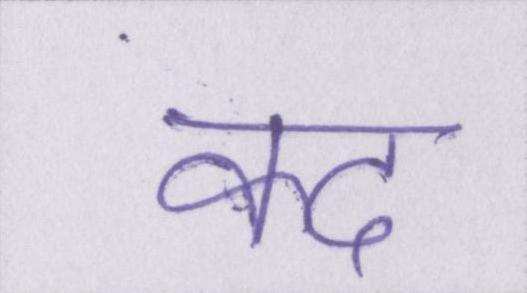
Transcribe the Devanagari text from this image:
कद